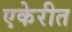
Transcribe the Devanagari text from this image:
एकेरीत